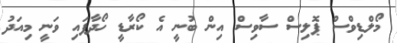
މޯލްޑިވްސް ޕޮލިސް ސާވިސް އިން ބުނީ އެ ކޯރާޑީ ހޯދާފައި ވަނީ މިއަދު